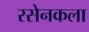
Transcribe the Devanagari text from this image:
रसेनकला